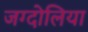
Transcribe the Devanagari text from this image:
जग्दोलिया